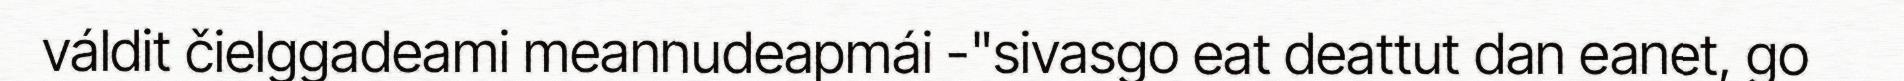
váldit čielggadeami meannudeapmái -"sivasgo eat deattut dan eanet, go